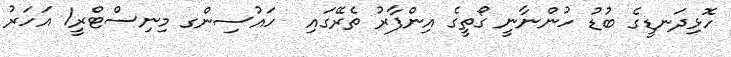
ހޮޅިދަނޑީގެ ބުޑު ހުންނާނީ ގޯތީގެ އިންފާރު ތެރޭގައި  ހައުސިންގ މިނިސްޓްރީ1 އަހަރު